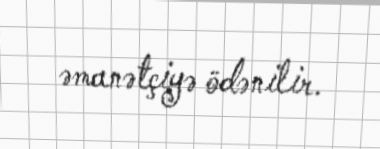
əmanətçiyə ödənilir.